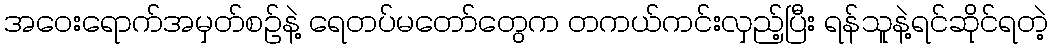
အဝေးရောက်အမှတ်စဉ်နဲ့ ရေတပ်မတော်တွေက တကယ်ကင်းလှည့်ပြီး ရန်သူနဲ့ရင်ဆိုင်ရတဲ့